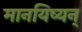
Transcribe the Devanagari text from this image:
मानयिष्यन्